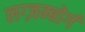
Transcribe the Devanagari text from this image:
लग्ज़म्बोर्ग